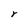
Character: r